Report of an investigation of the epidemic of malarial fever in Assam, or, kala-azar
Disease focus: Malaria
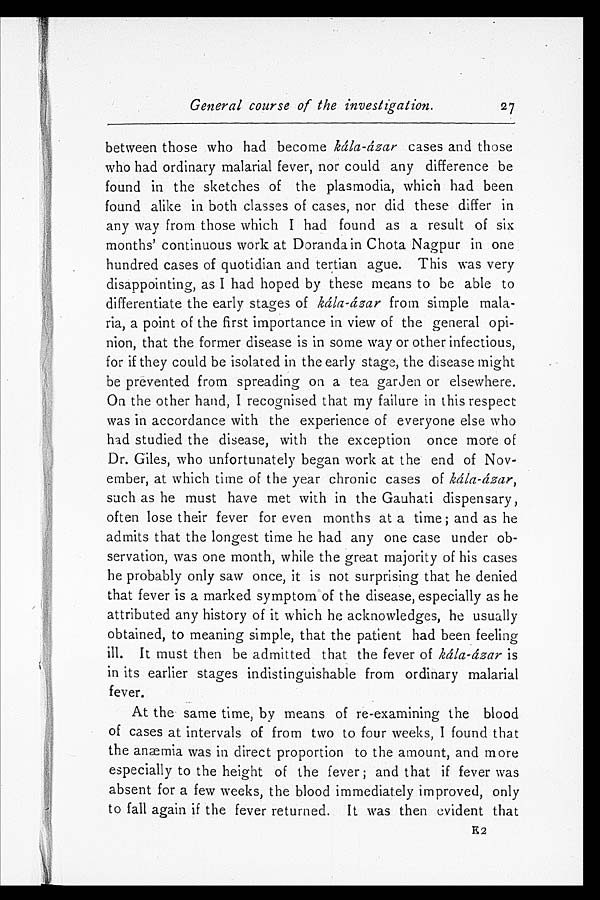
General course of the investigation.
between those who had become kála-ázar cases and those
who had ordinary malarial fever, nor could any difference be
found in the sketches of the plasmodia, which had been
found alike in both classes of cases, nor did these differ in
any way from those which I had found as a result of six
months' continuous work at Doranda in Chota Nagpur in one
hundred cases of quotidian and tertian ague. This was very
disappointing, as I had hoped by these means to be able to
differentiate the early stages of kála-ázar from simple mala-
ria, a point of the first importance in view of the general opi-
nion, that the former disease is in some way or other infectious,
for if they could be isolated in the early stage, the disease might
be prevented from spreading on a tea garden or elsewhere.
On the other hand, I recognised that my failure in this respect
was in accordance with the experience of everyone else who
had studied the disease, with the exception once more of
Dr. Giles, who unfortunately began work at the end of Nov-
ember, at which time of the year chronic cases of kála-ázar,
such as he must have met with in the Gauhati dispensary,
often lose their fever for even months at a time ; and as he
admits that the longest time he had any one case under ob-
servation, was one month, while the great majority of his cases
he probably only saw once, it is not surprising that he denied
that fever is a marked symptom of the disease, especially as he
attributed any history of it which he acknowledges, he usually
obtained, to meaning simple, that the patient had been feeling
ill. It must then be admitted that the fever of kála-ázar is
in its earlier stages indistinguishable from ordinary malarial
fever.
At the same time, by means of re-examining the blood
of cases at intervals of from two to four weeks, I found that
the anaemia was in direct proportion to the amount, and more
especially to the height of the fever ; and that if fever was
absent for a few weeks, the blood immediately improved, only
to fall again if the fever returned. It was then evident that
27
E 2